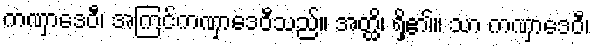
ကဏှာဒေဝီ၊ အကြင်ကဏှာဒေဝီသည်။ အတ္ထိ၊ ရှိ၏။ သာ ကဏှာဒေဝီ၊